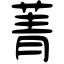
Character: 菁